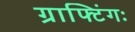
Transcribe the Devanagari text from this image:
ग्राफ्टिंगः